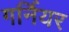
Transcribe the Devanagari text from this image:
गर्नियर